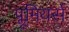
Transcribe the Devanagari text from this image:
प्लूमियर्स